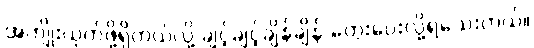
အကျိုးယုတ်ဖို့ရှိတယ်လို့ ချင့်ချင့်ချိန်ချိန် တွေးပေးလို့ရသေးတယ်။